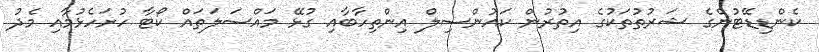
ކެންޑިޑޭޓުންގެ ޝަރުތުތަކުގެ އިތުރުން ކައުންސިލް އިންތިހާބާއި ގުޅޭ މައްސަލަތައް ކޯޓާ ހުށަހެޅުމާއި މެދު